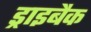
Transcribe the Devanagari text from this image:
ड्राइबैक